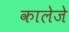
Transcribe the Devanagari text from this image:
कालेजे